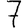
Digit: 7